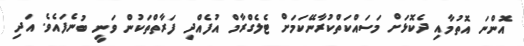
އޮންނަ އޮތުމާއި ދެކޮޅަށް މަސައްކަތްކުރާނޭކަމަށް ޓެލެގްރާމް އުފެއްދި ފަރާތްތަކުން ވަނީ ބުނެފައެވެ. އަދި